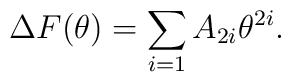
\Delta F(\theta) = \sum_{i=1} A_{2i} \theta^{2i}.